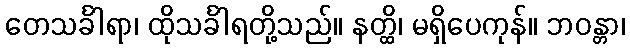
တေသင်္ခါရာ၊ ထိုသင်္ခါရတို့သည်။ နတ္ထိ၊ မရှိပေကုန်။ ဘဝန္တာ၊